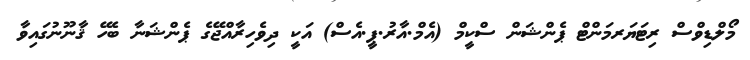
މޯލްޑިވްސް ރިޓަޔަރމަންޓް ޕެންޝަން ސްކީމް (އެމް.އާރު.ޕީ.އެސް) އަކީ ދިވެހިރާއްޖޭގެ ޕެންޝަނާ ބެހޭ ޤާނޫނުގައިވާ